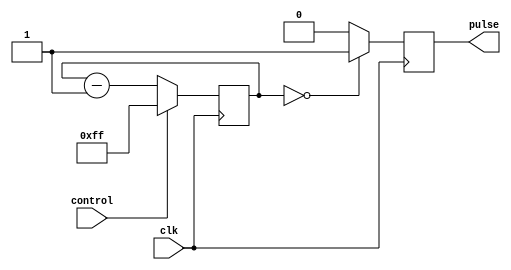
module VariablePulseWidthGenerator (
    input wire clk,
    input wire control,
    output reg pulse
);

reg [7:0] counter;

always @(posedge clk) begin
    if (control) begin
        counter <= 8'd255;
    end else begin
        counter <= counter - 1;
    end
end

always @(posedge clk) begin
    if (counter == 0) begin
        pulse <= 1;
    end else begin
        pulse <= 0;
    end
end

endmodule